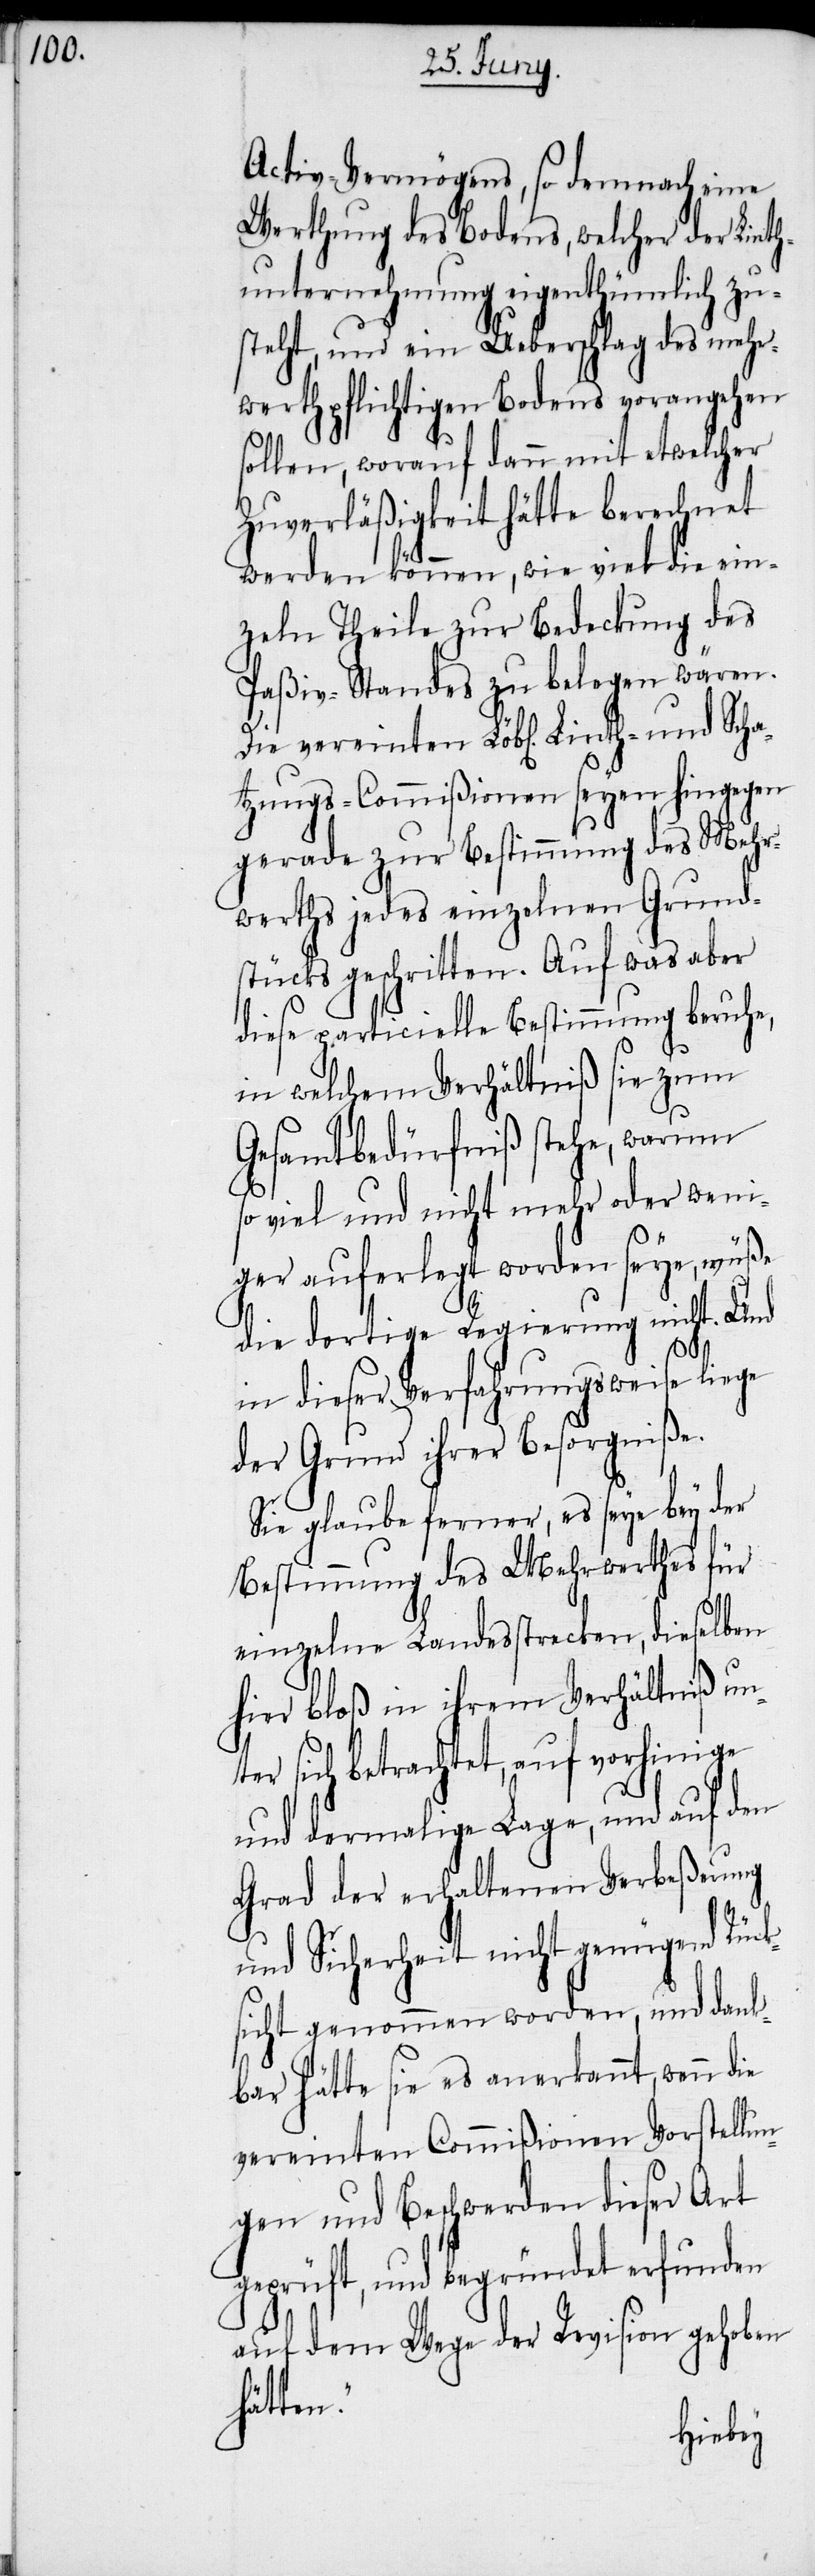
Activ-Vermögens, so demnach eine
Werthung des Bodens, welcher der Linth¬
unternehmung eigenthümlich zu¬
steht, und ein Ueberschlag des mehr¬
werthpflichtigen Bodens vorangehen
sollen, worauf dann mit etwelcher
Zuverläßigkeit hätte berechnet
werden könne, wie viel die ein¬
zeln Theile zur Bedeckung des
Paßiv-Standes zu belegen wären.
atzungs-Commißionen seyen hingegen
gerade zur Bestimmung des Mehr¬
werths jedes einzelnen Grund¬
stücks geschritten. Auf was aber
diese particielle Bestimmung beruhe,
in welchem Verhältniß sie zum
Gesamtbedürfniß stehe, warum
so viel und nicht mehr oder weni¬
ger auferlegt worden seye, wüße
die dortige Regierung nicht. Und
Sch¬
in dieser Verfahrungsweis liege
der Grund ihrer Besorgniße.
Sie glaube ferner, es seye bey der
Bestimmung des Mehrwerthes für
einzelne Landesstrecken, dieselben
hier bloß in ihrem Verhältniß un¬
ter sich betrachtet, auf vorhinige
und dermalige Lage, und auf den
Grad der erhaltenen Verbeßerung
und Sicherheit nicht genügend Rück¬
sicht genommen worden, und dank¬
bar hätte sie es anerkannt, wenn die
vereinten Commißionen Vorstellu¬
ngen und Beschwerden dieser Art
geprüft, und begründet erfunden
auf dem Wege der Revision gehoben